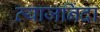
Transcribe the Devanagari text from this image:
व्याजनिंदा